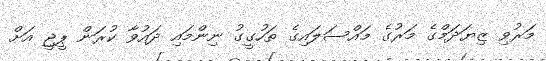
މަރުވި ޒިޔަދަމްގެ މަރުގެ މައްސަލައިގެ ތަހުގީގު ނިންމައި ދައުވާ ކުރަން ޕީޖީ އަށް